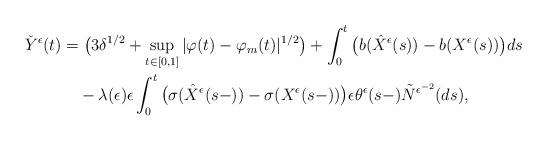
LaTeX: \begin{align*}\check{Y}^{\epsilon}(t)&=\big(3\delta^{1/2}+\sup_{t\in[0,1]}|\varphi(t)-\varphi_m(t)|^{1/2}\big)+\int^{t}_{0}\big(b(\hat{X}^{\epsilon}(s))-b(X^{\epsilon}(s))\big)ds\\&\quad-\lambda(\epsilon)\epsilon\int^{t}_{0}\big(\sigma(\hat{X}^{\epsilon}(s-))-\sigma(X^{\epsilon}(s-))\big)\epsilon\theta^{\epsilon}(s-)\tilde{N}^{\epsilon^{-2}}(ds),\end{align*}